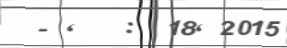
-